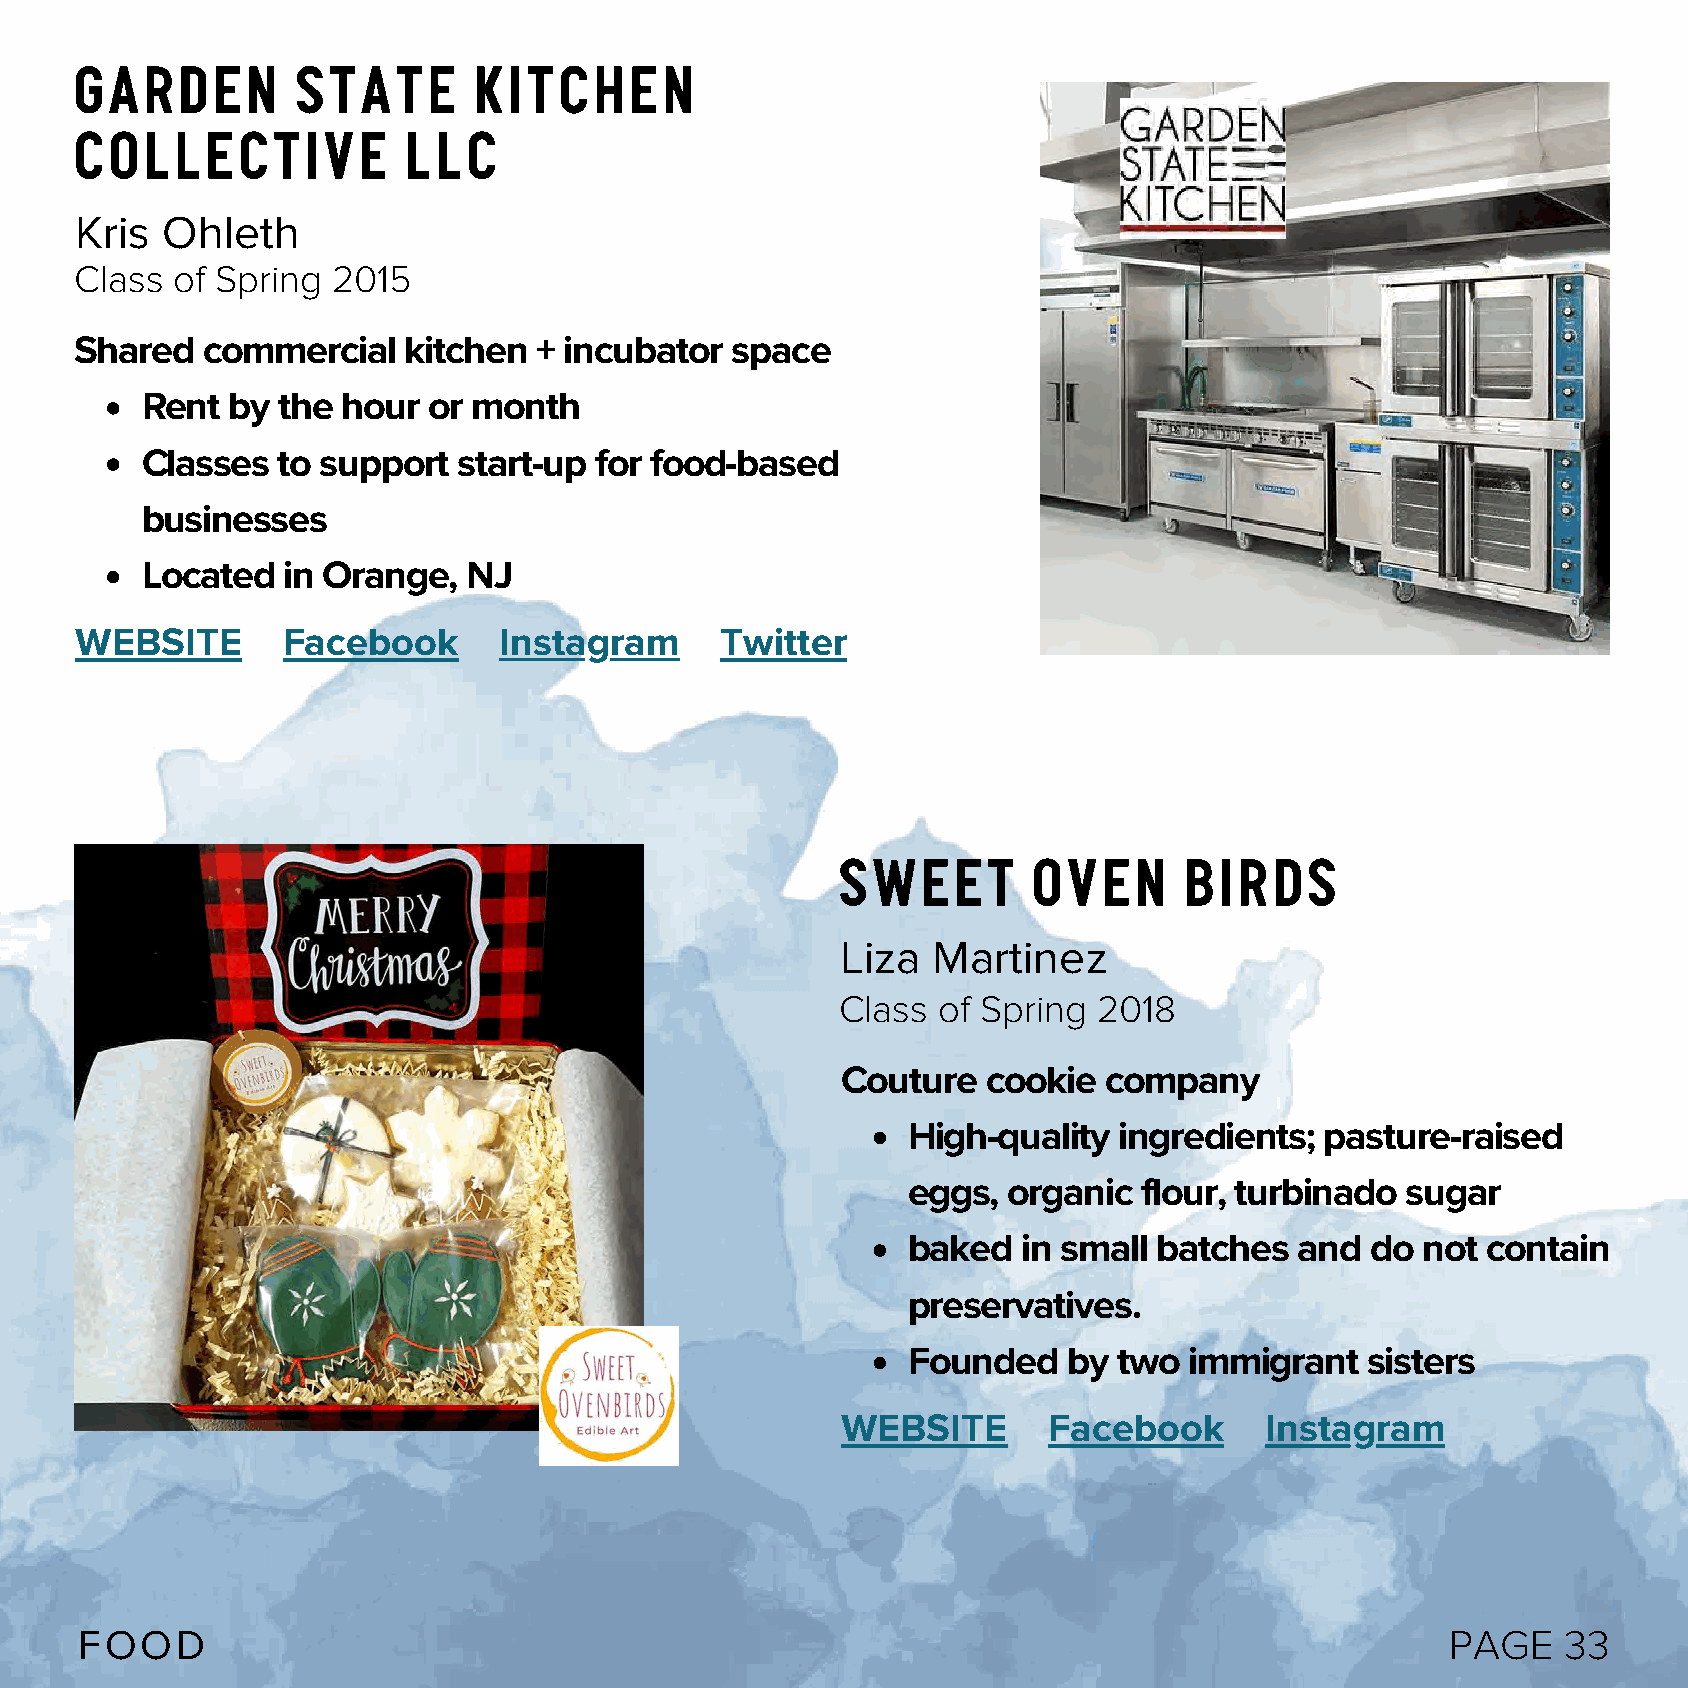
Garden         State      Kitchen
 Collective            LLC
 Kris  Ohleth
 Class of Spring  2015
 Shared  commercial    kitchen  + incubator space
 Rent  by the  hour or month
 Classes  to support  start-up for food-based
 businesses
 Located   in Orange,  NJ
 WEBSITE       Facebook      Instagram      Twitter
 Sweet       Oven      Birds
 Liza  Martinez
 Class of Spring  2018
 Couture  cookie  company
 High-quality  ingredients;  pasture-raised
 eggs,  organic  flour, turbinado sugar
 baked   in small batches  and  do not contain
 preservatives.
 Founded    by two  immigrant   sisters
 WEBSITE      Facebook       Instagram
 FOOD                                                                                       PAGE    33